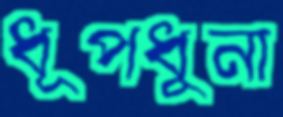
ধূপধুনা